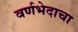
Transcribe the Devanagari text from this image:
वर्णभेदाचा